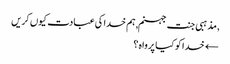
, مذہبی جنت جہنم, ہم خدا کی عبادت کیوں کریں
← خدا کو کیا پرواہ ؟